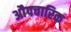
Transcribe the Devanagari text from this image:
अाैपचारिक